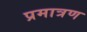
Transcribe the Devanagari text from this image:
प्रमात्रण